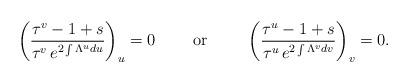
LaTeX: \begin{align*}\left(\frac{\tau^v-1+s}{\tau^v\,e^{2\int\Lambda^udu}}\right)_u=0\ \ \ \ \ \ \ {\rm or}\ \ \ \ \ \ \ \left(\frac{\tau^u-1+s}{\tau^u\,e^{2\int\Lambda^vdv}}\right)_v=0.\end{align*}